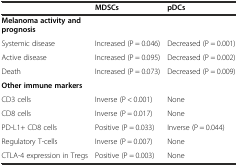
<table><thead><tr><td></td><td><b>MDSCs</b></td><td><b>pDCs</b></td></tr></thead><tbody><tr><td><b>Melanoma activity and prognosis</b></td><td></td><td></td></tr><tr><td>Systemic disease</td><td>Increased (P = 0.046)</td><td>Decreased (P = 0.001)</td></tr><tr><td>Active disease</td><td>Increased (P = 0.095)</td><td>Decreased (P = 0.002)</td></tr><tr><td>Death</td><td>Increased (P = 0.073)</td><td>Decreased (P = 0.009)</td></tr><tr><td><b>Other immune markers</b></td><td></td><td></td></tr><tr><td>CD3 cells</td><td>Inverse (P &lt; 0.001)</td><td>None</td></tr><tr><td>CD8 cells</td><td>Inverse (P = 0.017)</td><td>None</td></tr><tr><td>PD-L1+ CD8 cells</td><td>Positive (P = 0.033)</td><td>Inverse (P = 0.044)</td></tr><tr><td>Regulatory T-cells</td><td>Inverse (P = 0.007)</td><td>None</td></tr><tr><td>CTLA-4 expression in Tregs</td><td>Positive (P = 0.003)</td><td>None</td></tr></tbody></table>